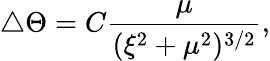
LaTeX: \triangle\Theta=C\frac{\mu}{(\xi^{2}+\mu^{2})^{3/2}},